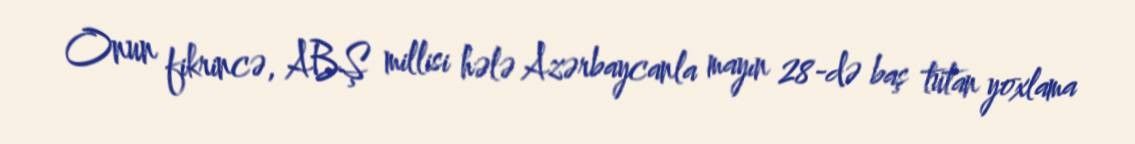
Onun fikrincə, ABŞ millisi hələ Azərbaycanla mayın 28-də baş tutan yoxlama